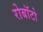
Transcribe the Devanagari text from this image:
रोबॉटो